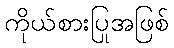
ကိုယ်စားပြုအဖြစ်